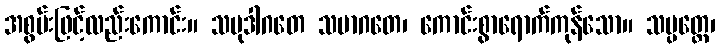
အစွမ်းဖြင့်လည်းကောင်း။ သမုဒါဂတေ သမာဂတေ၊ ကောင်းစွာရောက်ကုန်သော။ သမ္ပတ္တေ၊